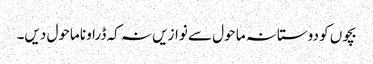
بچوں کو دوستانہ ما حول سے نوازیں نہ کہ ڈراونا ماحول دیں۔